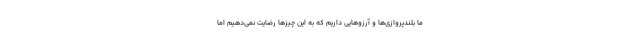
ما بلندپروازی‌ها و آرزوهایی داریم که به این چیزها رضایت نمی‌دهیم اما